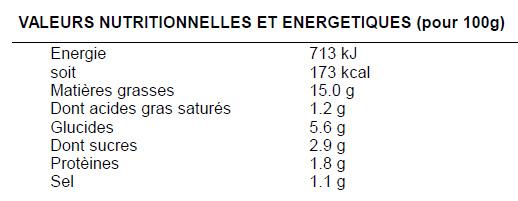
VALEURS NUTRITIONNELLES ET ENERGETIQUES (pour 100g)
713 kJ
173 kcal
Energie soit
Matières grasses
Dont acides gras saturés
Glucides
Dont sucres
Protéines
Sel
15.0 g
1.2 g
5.6 g
2.9 g
1.8 g
1.1 g